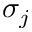
\sigma _ { j }